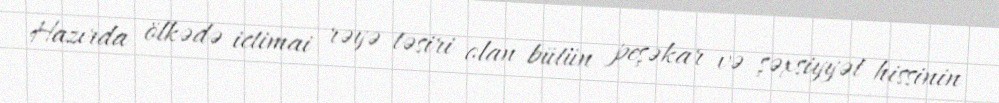
Hazırda ölkədə ictimai rəyə təsiri olan bütün peşəkar və şəxsiyyət hissinin